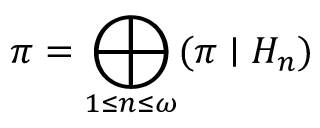
\pi = \bigoplus _ { 1 \leq n \leq \omega } ( \pi \mid H _ { n } )